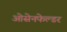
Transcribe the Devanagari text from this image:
ओसेनफेल्डर